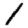
Digit: 1